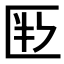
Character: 𠤶